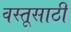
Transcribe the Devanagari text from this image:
वस्तूसाठी